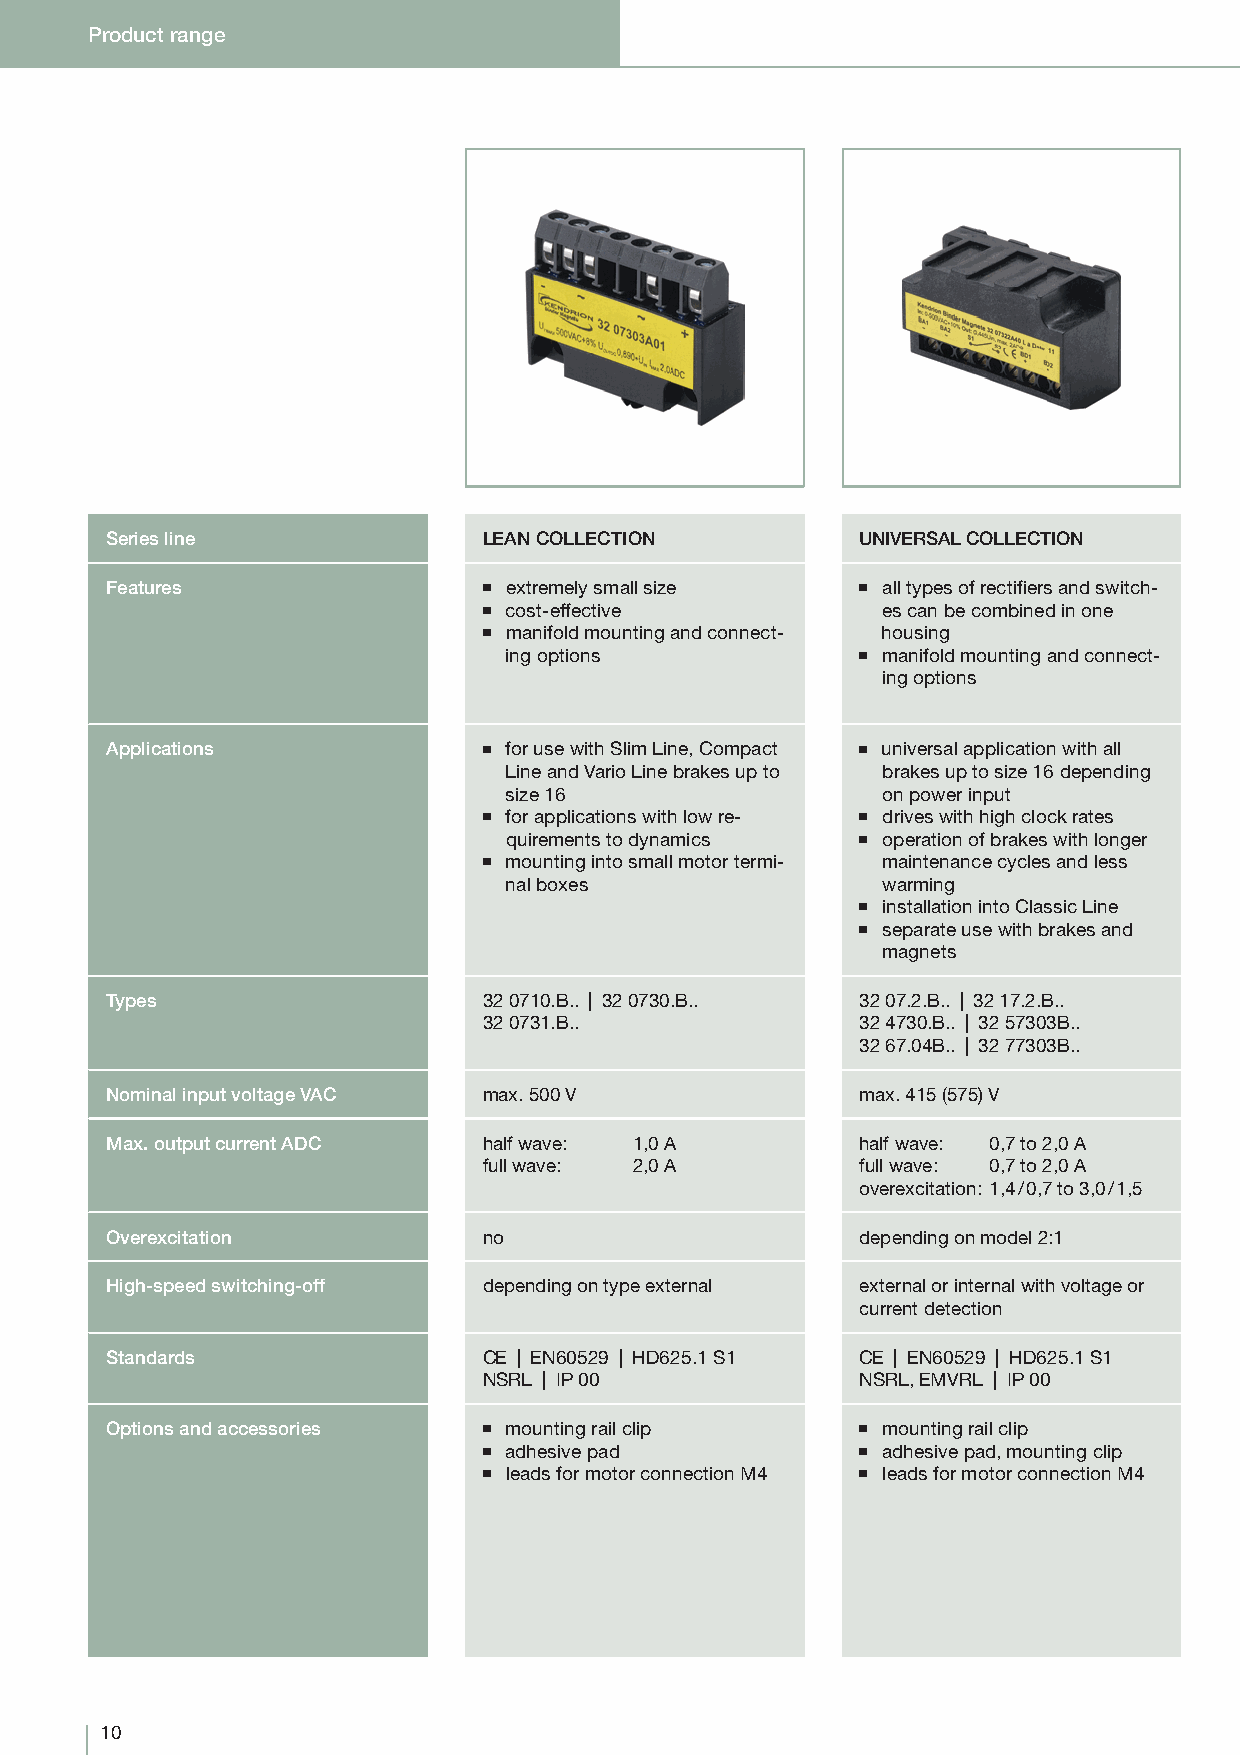
Product range
 Series line              LEAN COLLECTION          UNIVERSAL COLLECTION
 Features                 ■ extremely small size   ■ all types of rectifi ers and switch-
 ■ cost-effective          es can be combined in one
 ■ manifold mounting and connect- housing
 ing options             ■ manifold mounting and connect-
 ing options
 Applications             ■ for use with Slim Line, Compact ■ universal application with all
 Line and Vario Line brakes up to brakes up to size 16 depending
 size 16                  on power input
 ■ for applications with low re- ■ drives with high clock rates
 quirements to dynamics  ■ operation of brakes with longer
 ■ mounting into small motor termi- maintenance cycles and less
 nal boxes                warming
 ■ installation into Classic Line
 ■ separate use with brakes and
 magnets
 Types                    32 0710.B.. | 32 0730.B.. 32 07.2.B.. | 32 17.2.B..
 32 0731.B..              32 4730.B.. | 32 57303B..
 32 67.04B.. | 32 77303B..
 Nominal input voltage VAC max. 500 V              max. 415 (575) V
 Max. output current ADC  half wave: 1,0 A         half wave: 0,7 to 2,0 A
 full wave: 2,0 A         full wave: 0,7 to 2,0 A
 overexcitation: 1,4 / 0,7 to 3,0 / 1,5
 Overexcitation           no                       depending on model 2:1
 High-speed switching-off depending on type external external or internal with voltage or
 current detection
 Standards                CE | EN60529 | HD625.1 S1 CE | EN60529 | HD625.1 S1
 NSRL | IP 00             NSRL, EMVRL | IP 00
 Options and accessories  ■ mounting rail clip     ■ mounting rail clip
 ■ adhesive pad           ■ adhesive pad, mounting clip
 ■ leads for motor connection M4 ■ leads for motor connection M4
 10